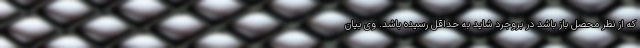
که از نظر محصل باز باشد در بروجرد شاید به حداقل رسیده باشد. وی بیان